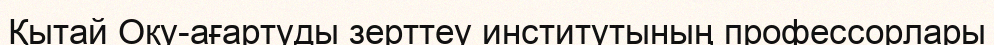
Қытай Оқу-ағартуды зерттеу институтының профессорлары